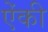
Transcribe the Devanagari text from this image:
ऐंकी